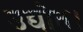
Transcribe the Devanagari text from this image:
उद्योत।